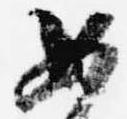
如